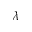
\lambda